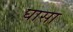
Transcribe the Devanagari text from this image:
घासा